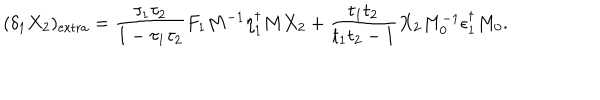
( \delta _ { 1 } X _ { 2 } ) _ { \mathrm { e x t r a } } = { \frac { \tau _ { 1 } \tau _ { 2 } } { 1 - \tau _ { 1 } \tau _ { 2 } } } F _ { 1 } M ^ { - 1 } \eta _ { 1 } ^ { \dagger } M X _ { 2 } + { \frac { t _ { 1 } t _ { 2 } } { t _ { 1 } t _ { 2 } - 1 } } X _ { 2 } M _ { 0 } ^ { - 1 } \epsilon _ { 1 } ^ { \dagger } M _ { 0 } .